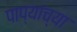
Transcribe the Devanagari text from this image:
पाप्यांच्या